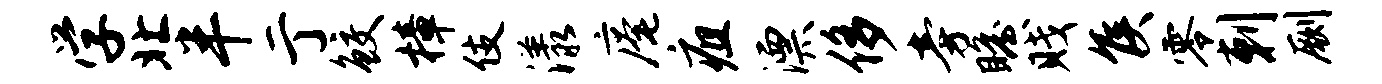
学北半亍鲛樟伎漾庵疽漂侈旁瞻贱侯零剌劂